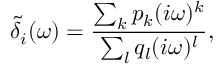
\tilde { \delta } _ { i } ( \omega ) = \frac { \sum _ { k } p _ { k } ( i \omega ) ^ { k } } { \sum _ { l } q _ { l } ( i \omega ) ^ { l } } ,